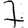
Digit: 7